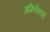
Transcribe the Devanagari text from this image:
अफ्रिकैनस